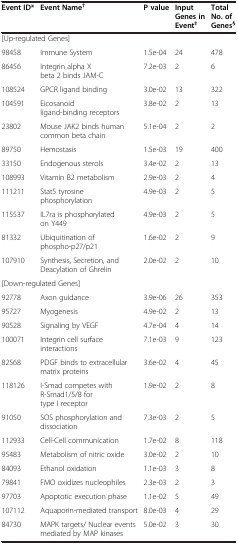
<table><thead><tr><td><b>Event ID*</b></td><td><b>Event Name<sup>†</sup></b></td><td><b>P value</b></td><td><b>Input Genes in Event<sup>‡</sup></b></td><td><b>Total No. of Genes<sup>§</sup></b></td></tr></thead><tbody><tr><td colspan="5">[Up-regulated Genes]</td></tr><tr><td>98458</td><td>Immune System</td><td>1.5e-04</td><td>24</td><td>478</td></tr><tr><td>86456</td><td>Integrin alpha X beta 2 binds JAM-C</td><td>7.2e-03</td><td>2</td><td>6</td></tr><tr><td>108524</td><td>GPCR ligand binding</td><td>3.0e-02</td><td>13</td><td>322</td></tr><tr><td>104591</td><td>Eicosanoid ligand-binding receptors</td><td>3.8e-02</td><td>2</td><td>13</td></tr><tr><td>23802</td><td>Mouse JAK2 binds human common beta chain</td><td>5.1e-04</td><td>2</td><td>2</td></tr><tr><td>89750</td><td>Hemostasis</td><td>1.5e-03</td><td>19</td><td>400</td></tr><tr><td>33150</td><td>Endogenous sterols</td><td>3.4e-02</td><td>2</td><td>13</td></tr><tr><td>108993</td><td>Vitamin B2 metabolism</td><td>2.9e-03</td><td>2</td><td>4</td></tr><tr><td>111211</td><td>Stat5 tyrosine phosphorylation</td><td>4.9e-03</td><td>2</td><td>5</td></tr><tr><td>115537</td><td>IL7ra is phosphorylated on Y449</td><td>4.9e-03</td><td>2</td><td>5</td></tr><tr><td>81332</td><td>Ubiquitination of phospho-p27/p21</td><td>1.6e-02</td><td>2</td><td>9</td></tr><tr><td>107910</td><td>Synthesis, Secretion, and Deacylation of Ghrelin</td><td>2.0e-02</td><td>2</td><td>10</td></tr><tr><td colspan="5">[Down-regulated Genes]</td></tr><tr><td>92778</td><td>Axon guidance</td><td>3.9e-06</td><td>26</td><td>353</td></tr><tr><td>95727</td><td>Myogenesis</td><td>4.9e-02</td><td>2</td><td>13</td></tr><tr><td>90528</td><td>Signaling by VEGF</td><td>4.7e-04</td><td>4</td><td>14</td></tr><tr><td>100071</td><td>Integrin cell surface interactions</td><td>7.1e-03</td><td>9</td><td>123</td></tr><tr><td>82568</td><td>PDGF binds to extracellular matrix proteins</td><td>3.6e-02</td><td>4</td><td>45</td></tr><tr><td>118126</td><td>I-Smad competes with R-Smad1/5/8 for type I receptor</td><td>1.9e-02</td><td>2</td><td>8</td></tr><tr><td>91050</td><td>SOS phosphorylation and dissociation</td><td>7.3e-03</td><td>2</td><td>5</td></tr><tr><td>112933</td><td>Cell-Cell communication</td><td>1.7e-02</td><td>8</td><td>118</td></tr><tr><td>95483</td><td>Metabolism of nitric oxide</td><td>3.0e-02</td><td>2</td><td>10</td></tr><tr><td>84093</td><td>Ethanol oxidation</td><td>1.1e-03</td><td>3</td><td>8</td></tr><tr><td>79841</td><td>FMO oxidizes nucleophiles</td><td>2.3e-03</td><td>2</td><td>3</td></tr><tr><td>97703</td><td>Apoptotic execution phase</td><td>1.1e-02</td><td>5</td><td>49</td></tr><tr><td>107112</td><td>Aquaporin-mediated transport</td><td>8.0e-03</td><td>4</td><td>29</td></tr><tr><td>84730</td><td>MAPK targets/ Nuclear events mediated by MAP kinases</td><td>5.0e-02</td><td>3</td><td>30</td></tr></tbody></table>